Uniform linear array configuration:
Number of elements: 12
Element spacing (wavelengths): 0.25
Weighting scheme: binomial
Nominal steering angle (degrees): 30
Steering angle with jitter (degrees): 29.062
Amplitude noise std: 0.05
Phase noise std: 0.05

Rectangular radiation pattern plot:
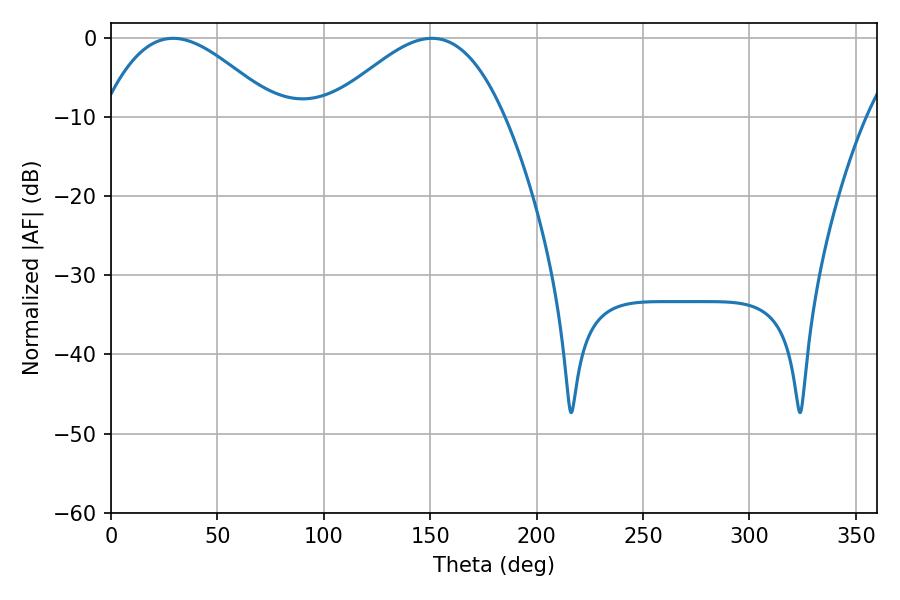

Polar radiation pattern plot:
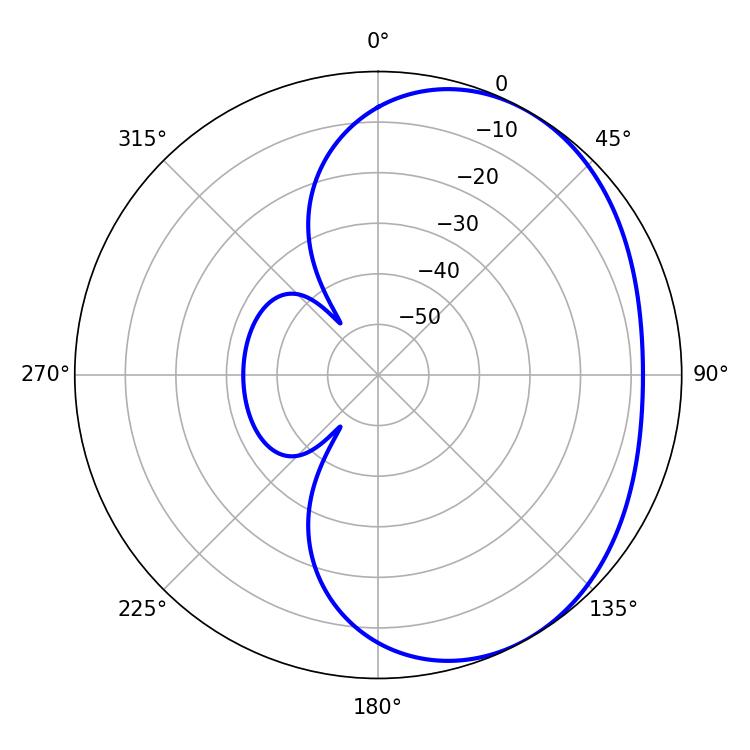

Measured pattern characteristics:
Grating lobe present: FALSE
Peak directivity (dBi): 3.229
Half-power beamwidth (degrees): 44.28
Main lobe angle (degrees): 29.16